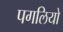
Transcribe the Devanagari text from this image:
पगलियो